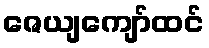
ဇေယျကျော်ထင်